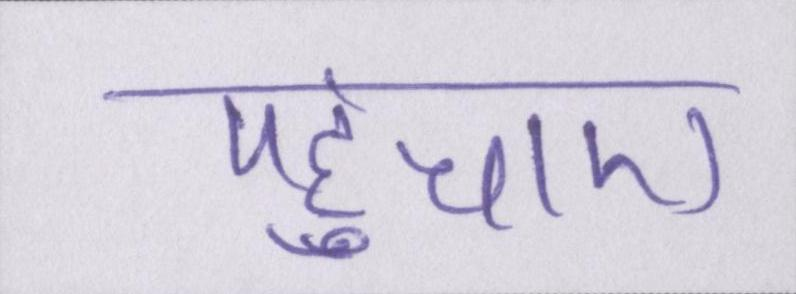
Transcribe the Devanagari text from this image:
पहुंचाए